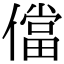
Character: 儅